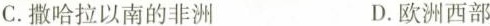
C.撒哈拉以南的非洲 D.欧洲西部